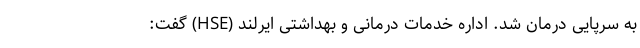
به سرپایی درمان شد. اداره خدمات درمانی و بهداشتی ایرلند (HSE) گفت: